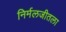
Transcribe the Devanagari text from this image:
निर्मलजीतला